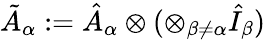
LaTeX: \tilde{A}_{\alpha}:=\hat{A}_{\alpha}\otimes(\otimes_{\beta\neq\alpha}\hat{I}_{\beta})